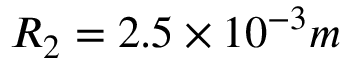
R _ { 2 } = 2 . 5 \times 1 0 ^ { - 3 } m